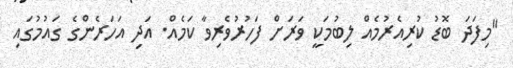
"މިފަދަ ބޮޑު ކުރިއެރުމެއް ލިބުމަކީ ވަރަށް ފަހުރުވެރިވާ ކަމެއް. އަދި އަހަރެންގެ ގައުމުގައި